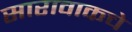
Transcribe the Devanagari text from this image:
सारावाकचे